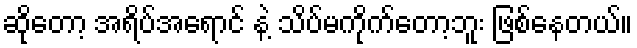
ဆိုတော့ အရိပ်အရောင် နဲ့ သိပ်မကိုက်တော့ဘူး ဖြစ်နေတယ်။